Vabadussoja_Ajaloo_Komitee, lk 72
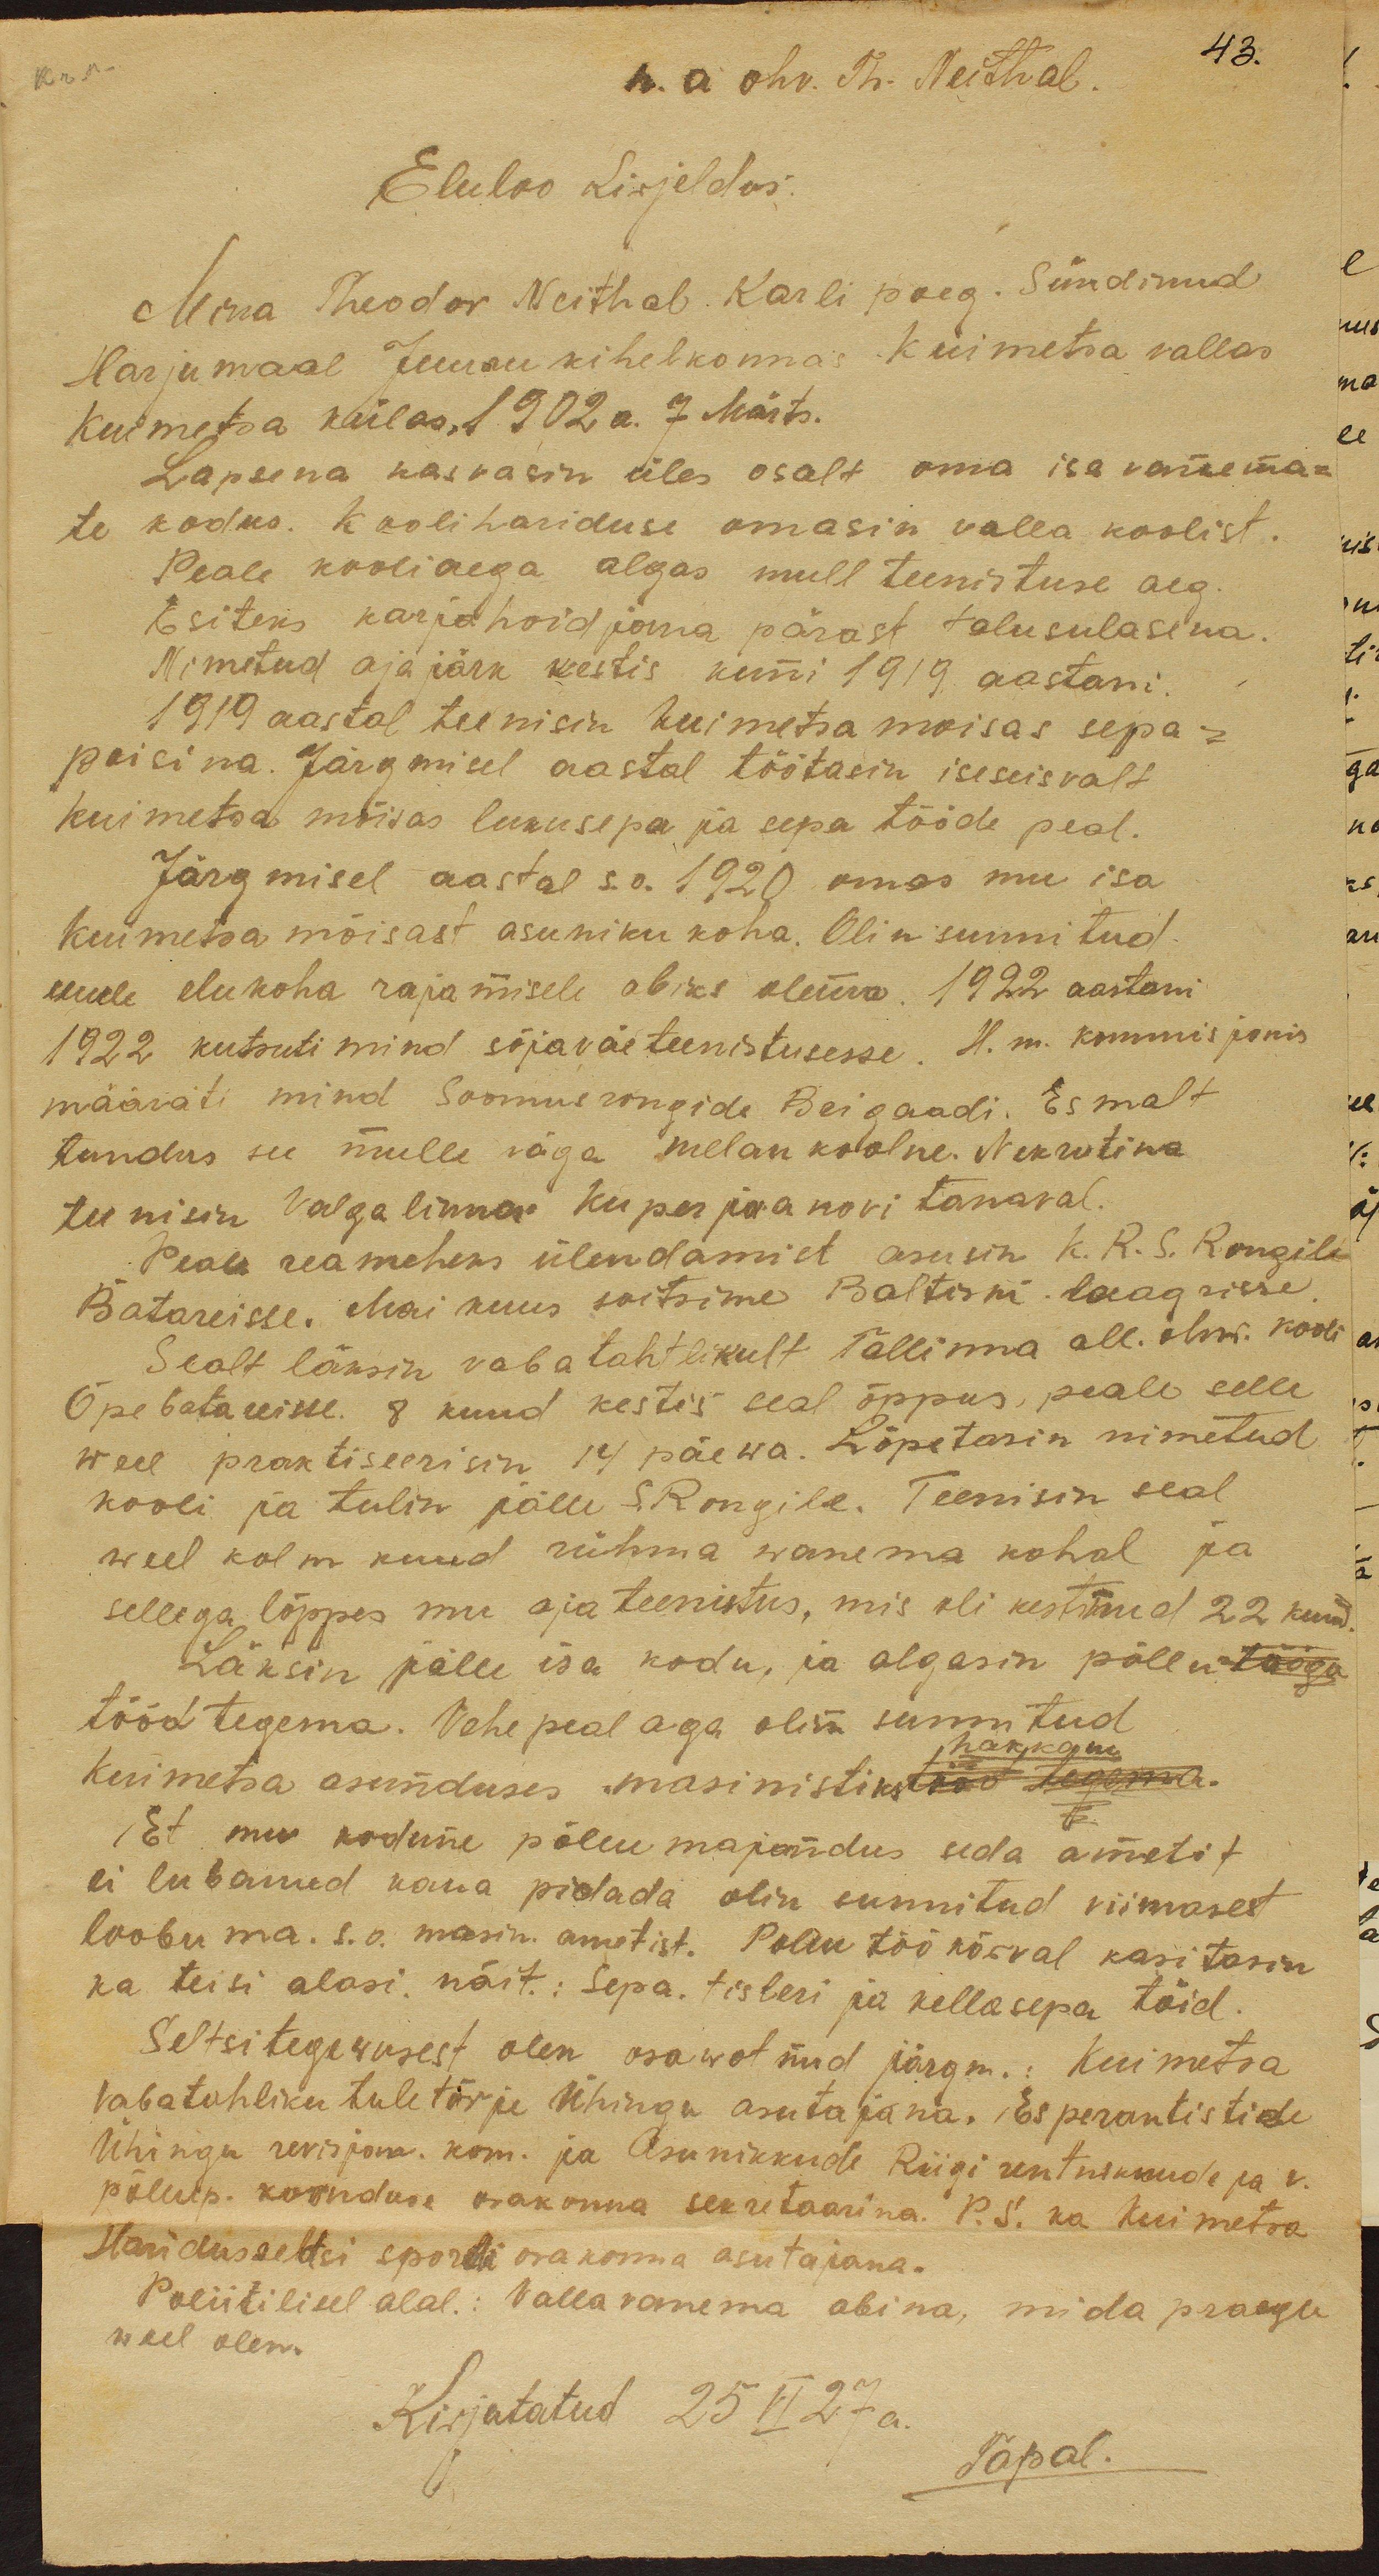
n. a ohv. Th. Neithal.
Eluloo Kirjeldus
Mina Theodor Neithal Karli poeg. Sündinud
Harjumaal Juuru kihelkonnas Kuimetsa vallas
Kuimetsa külas 1902 a. 7 Märts.
Lapsena kasvasin üles osalt oma isa vanema-
te kodus. Koolihariduse omasin valla koolist.
Peale kooliaega algas mull teenistuse aeg.
Esiteks karjahoidjana pärast talusulasena.
Nimetatud ajajärk kestis kuni 1919 aastani.
1919 aastal teenisin Kuimetsa mõisas sepa-
poisina. Järgmisel aastal töötasin iseseisvalt
Kuimetsa mõisas lukusepa ja sepa tööde peal.
Järgmisel aastal s.o. 1920 omas mu isa
Kuimetsa mõisast asuniku koha. Olin sunnitud
uuele elukoha rajamisele abiks olema 1922 aastani
1922 kutsuti mind sõjaväeteenistusesse. H. m. kommisjonis
määrati mind Soomusrongide Brigaadi. Esmalt
tundus see mulle väga melankoolne. Nekrutina
teenisin Valga linnas Kuperjaanovi tänaval.
Peale reameheks ülendamist asusin k. R. S. Rongile
Batareisse. Mai kuus sõitsime Baltiski laagrisse.
Seal läksin vabatahtlikult Tallinna all. ohw. kooli
Õpe batareisse. 8 kuud kestis seal õppus, peale selle
weel praktiseerisin 14 päewa. Lõpetasin nimetud
kooli ja tulin jälle S.Rongile. Teenisin seal
weel kolm kuud rühma wanema kohal ja
sellega lõppes mu ajateenistus, mis oli kestnud 22 kuud.
Läksin jälle isa kodu, ja algasin põllu
tööd tegema. Vahepeal aga olin sunnitud
hakkam
Kuimetsa asunduses masinistiks tööd tegema.
Et mu kodune põllumajandus seda ametit
ei lubandud kaua pidada olin sunnitud viimasest
loobuma. s.o masin. ametist. Põllutöö kõrval kasitasin
ka teisi alasi. näit.: Sepa, tisleri ja kellasepa töid.
Seltsitegewusest olen osawotnud järgm.: Kuimetsa
vabatahtliku tuletõrje ühingu asutajana, Esperantistide
Ühingu revisjon. kom. ja Asunikkude Riigi rentnikude ja r.
põllup. koonduse osakonna sekretaarina. P. S ka Kuimetsa
Haridusseltsi spordi osakonna asutajana.
Poliitilisel alal: Vallavanema abina, mida praegu
weel olen.
Kirjutatud 25 VI 27 a
Tapal